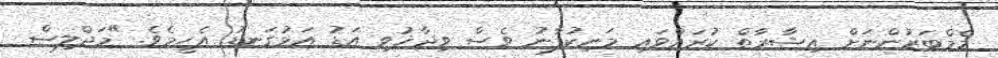
މެމްބަރުންނަށް ޢިޝާރާތް ކުރައްވައި މަނިކުފާނު ވެސް ވިދާޚުވި އަޑު އަޅުގަނޑު އެހީމެވެ. "މަޖްލިސް